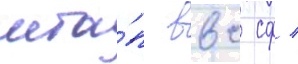
мта́п ввс сф /